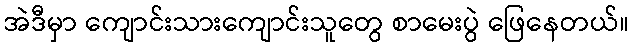
အဲဒီမှာ ကျောင်းသားကျောင်းသူတွေ စာမေးပွဲ ဖြေနေတယ်။